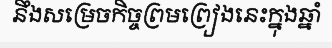
នឹងសម្រេចកិច្ចព្រមព្រៀងនេះក្នុងឆ្នាំ